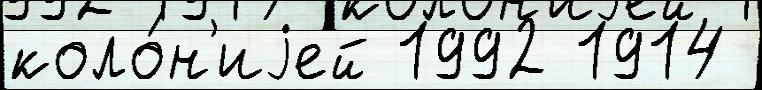
коло́н'иjей 1992 1914